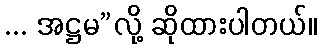
... အဋ္ဌမ”လို့ ဆိုထားပါတယ်။